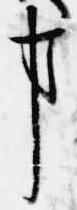
事